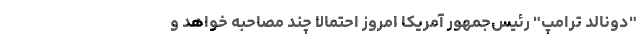
"دونالد ترامپ" رئیس‌جمهور آمریکا امروز احتمالا چند مصاحبه خواهد و